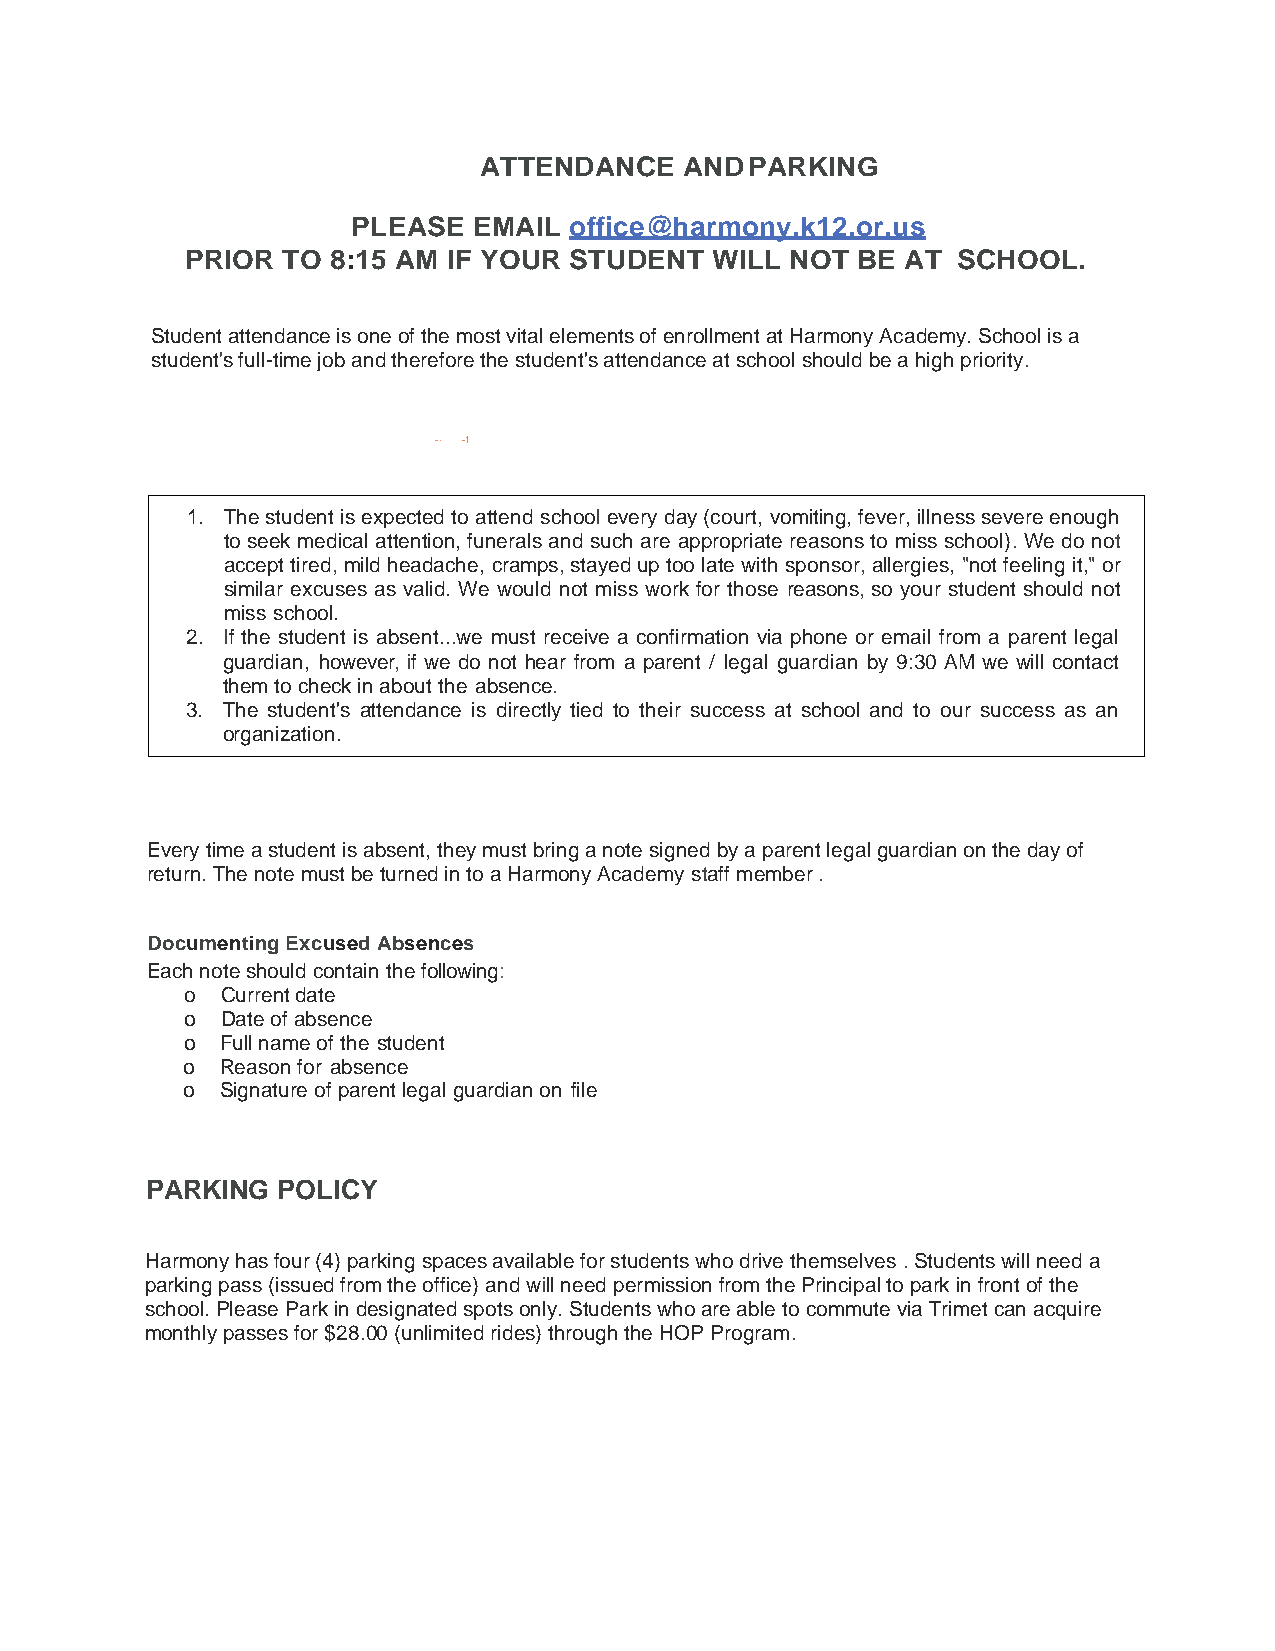
ATTENDANCE   AND  PARKING
 PLEASE  EMAIL  office@harmony.k12.or.us
 PRIOR  TO 8:15 AM IF YOUR STUDENT  WILL NOT  BE AT SCHOOL.
 Student attendance is one of the most vital elements of enrollment at Harmony Academy. School is a
 student's full-time job and therefore the student's attendance at school should be a high priority.
 -· -1
 1. The student is expected to attend school every day (court, vomiting, fever, illness severe enough
 to seek medical attention, funerals and such are appropriate reasons to miss school). We do not
 accept tired, mild headache, cramps, stayed up too late with sponsor, allergies, "not feeling it," or
 similar excuses as valid. We would not miss work for those reasons, so your student should not
 miss school.
 2. If the student is absent...we must receive a confirmation via phone or email from a parent legal
 guardian, however, if we do not hear from a parent / legal guardian by 9:30 AM we will contact
 them to check in about the absence.
 3. The student's attendance is directly tied to their success at school and to our success as an
 organization.
 Every time a student is absent, they must bring a note signed by a parent legal guardian on the day of
 return. The note must be turned in to a Harmony Academy staff member .
 Documenting Excused Absences
 Each note should contain the following:
 o  Current date
 o  Date of absence
 o  Full name of the student
 o  Reason for absence
 o  Signature of parent legal guardian on file
 PARKING POLICY
 Harmony has four (4) parking spaces available for students who drive themselves . Students will need a
 parking pass (issued from the office) and will need permission from the Principal to park in front of the
 school. Please Park in designated spots only. Students who are able to commute via Trimet can acquire
 monthly passes for $28.00 (unlimited rides) through the HOP Program.